Report of the Indian Hemp Drugs Commission, 1894-1895 - Volume VII
Year: 1894
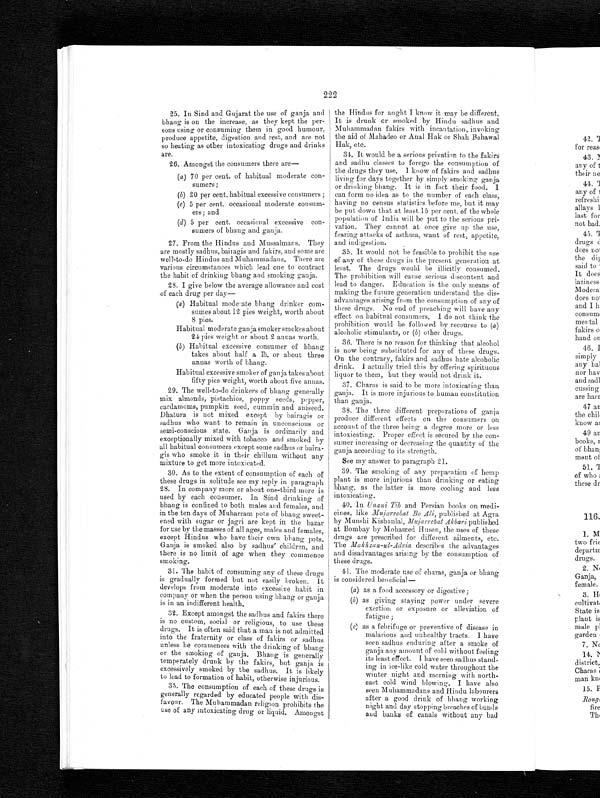
222
the Hindus for aught I know it may be different.
It is drunk or smoked by Hindu sadhus and
Muhammadan fakirs with incantation, invoking
the aid of Mahadeo or Anal Hack or Shah Bahawal
Hack, etc.
34.It would be a serious privation
to the fakirs and sadhu classes to forego the consumption of
the drugs they use. I know of fakirs and sadhus
living for days together by simply smoking ganja
or drinking bhang. It is in fact their food. I
can form no idea as to the number of each class,
having no census statistics before me, but it may
be put down that at least 15 per cent. of the whole
population of India will be put to the serious pri-
vation. They cannot at once give up the use,
fearing attacks of asthma, want of rest, appetite,
and indigestion.
25. In Sind and Gujarat the use of ganja and
bhang is on the increase, as they kept the per-
sons using or consuming them in good humour,
produce appetite, digestion and rest, and are not
so heating as other intoxicating drugs and drinks
are.
26. Amongst the consumers there are—
( a ) 70 per cent. of habitual moderate con-
sumers;
(b) 20 per cent. habitual excessive consumers ;
(c) 5 per cent. occasional moderate consum-
ers ; and
(d) 5 per cent. occasional excessive con-
sumers of bhang and ganja.
27. From the Hindus and Mussalmans. They
are mostly sadhu, bairagis is and fakirs, and some are
well-to-do Hindus and Muhammadans. There are
various circumstances which lead one to contract
the habit of drinking bhang and smoking ganja.
28. I give below the average allowance and cost
of each drug per day—
(a ) Habitual moderate bhang drinker com-
sumes about 12 pies weight, worth about
8 pies.
Habitual moderate ganja smoker smokes about
2 4 p i e s w e i g h t o r a b o u t 2 a n n a s w o r t h .
( b ) Habitual excessive consumer of bhang
takes about half a њ . or about three
a n n a s w o r t h o f b h a n g .
Habitual excessive smoker of ganja takes about
fifty pies weight, worth about five annas.
29. The well-to-do drinkers of bhang generally
mix almonds, pistachios, poppy seeds, pepper,
cardamoms, pumpkin seed, cummin and aniseed.
Dhatura is not mixed except by bairagis or
sadhus who want to remain in unconscious or
semi-conscious state. Ganja is ordinarily and
exceptionally mixed with tobacco and smoked by
all habitual consumers except some sadhus or baira-
gis who smoke it in their chillum without any
mixture to get more intoxicated.
30. As to the extent of consumption of each of
these drugs in solitude see my reply in paragraph
28. In company more or about one-third more is
used by each consumer. In Kid drinking of
bhang is confined to both males and females, and
in the ten days of Muharram pots of bhang sweet-
ened with sugar or jagri are kept in the bazar
for use by the masses of all ages, males and females,
except Hindus who have their own bhang pots.
Ganja is smoked also by sadhus' children, and
there is no limit of age when they commence
smoking.
31. The habit of consuming any of these drugs
is gradually formed but not easily broken. It
develops from moderate into excessive habit in
company or when the person using bhang or ganja
is in an indifferent health.
32. Except amongst the sadhus and fakirs there
is no custom, social or religious, to use these
drugs. It is often said that a man is not admitted
into the fraternity or class of fakirs or sadhus
unless he commences with the drinking of bhang
or the smoking of ganja. Bhang is generally
temperately drunk by the fakirs, but ganja is
excessively smoked by the sadhus. It is likely
to lead to formation of habit, otherwise injurious.
33. The consumption of each of these drugs is
generally regarded by educated people with dis-
favour. The Muhammadan religion prohibits the
use of any intoxicating drug or liquid. Amongst
35.
35. It would not be feasible to prohibit the use
of any of these drugs the present generation at
least. The drugs would be illicitly consumed.
The prohibition will cause serious discontent and
lead to danger. Education is the only means of
making the future generation understand the dis-
advantages arising from the consumption of any of
these drugs. No end of preaching will have any
effect on habitual consumers. I do not think the
prohibition would be followed by recourse to (a )
alcoholic stimulants, or ( b) ot her drugs.
36. There is no reason for thinking that alcohol
is now being substituted for any of these drugs.
On the contrary, fakirs and sadhus hate alcoholic
drink. 1 actually tried this by offering spirituous
liquor to them, but they would not drink it.
37. Charas is said to be more intoxicating than
ganja. It is more injurious to human constitution
than ganja.
38. The three different preparations of ganja
produce different effects on the consumers on
account of the three being a degree more or less
intoxicating. Proper effect is secured by the con-
sumer increasing or decreasing the quantity of the
ganja according to its strength.
See my answer to paragraph 21.
39. The smoking of any preparation of hemp
plant is more injurious than drinking or eating
bhang, as the latter is more cooling and less
intoxicating.
40. In Unani Tib and Persian books on medi-
cines, like Mujarrebat Bo Ali, published at Agra
by Munshi Kishanlal, Mujarrebat Akbari published
at Bombay by Mohamed Husen, the uses of these
drugs are prescribed for different ailments, etc.
The Makhzan-ul-Advia describes the advantages
and disadvantages arising by the consumption of
these drugs.
41. The moderate use of charas, ganja or bhang
is considered beneficial
(a) as a food accessory or digestive;
(b ) as giving staying power under severe
exertion or exposure or alleviation of
fatigue ;
( c) as a febrifuge or preventive of disease in
malarious and unhealthy tracts. I have
seen sadhus enduring after a smoke of
ganja any amount of cold without feeling
its least effect. I have seen sadhus stand-
ing in ice-like cold water throughout the
winter night and morning with north-
east cold wind blowing. I have also
seen Muhammadans and Hindu labourers
after a good drink of bhang working
night and day stopping breaches of bunds
and banks of canals without any bad